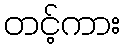
တင့်ကား